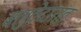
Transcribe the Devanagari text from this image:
बलुतेदारांत